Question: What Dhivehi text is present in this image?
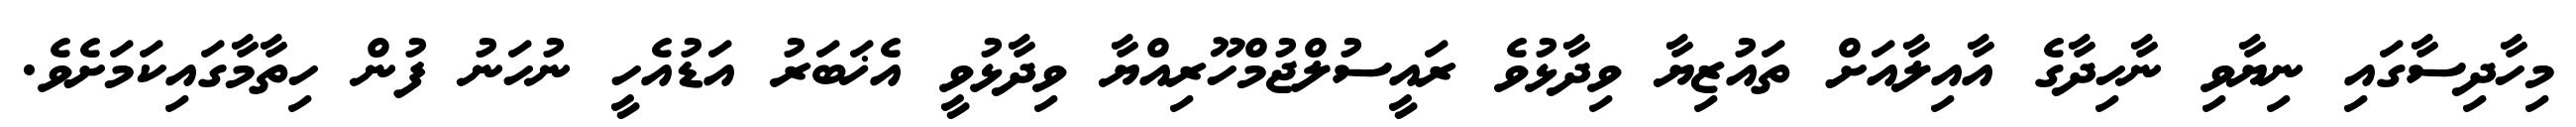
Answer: މިހާދިސާގައި ނިޔާވި ނާހިދާގެ އާއިލާއަށް ތައުޒިޔާ ވިދާޅުވެ ރައީސުލްޖުމްހޫރިއްޔާ ވިދާޅުވީ އެޚަބަރު އަޑުއެހީ ނުހަނު ފުން ހިތާމާގައިކަމަށެވެ.